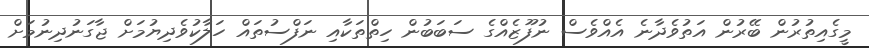
މީގެއިތުރުން ބޭރުން އަތުވެދާނެ އެއްވެސް ނުފޫޒެއްގެ ސަބަބުން ހިތްތަކާއި ނަފްސުތައް ހަލާކުވެދިޔުމަށް ޖާގަނުދިނުމަށް